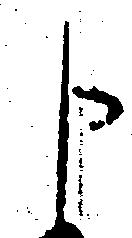
申